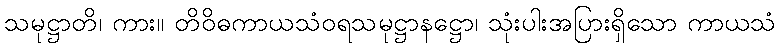
သမုဋ္ဌာတိ၊ ကား။ တိဝိဓကာယသံဝရသမုဋ္ဌာနဋ္ဌော၊ သုံးပါးအပြားရှိသော ကာယသံ